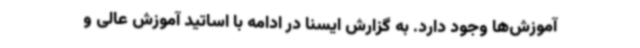
آموزش‌ها وجود دارد. به گزارش ایسنا در ادامه با اساتید آموزش عالی و